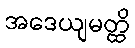
အဒေယျမတ္ထိ